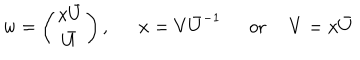
LaTeX: w = \left( \begin{array} { c } { { x \bar { U } } } \\ { { \bar { U } } } \\ \end{array} \right) , x = V \bar { U } ^ { - 1 } \mathrm { o r } ~ ~ V = x \bar { U }